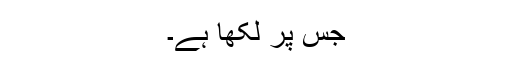
جس پر لکھا ہے۔